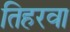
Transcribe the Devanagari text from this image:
तिहरवा